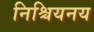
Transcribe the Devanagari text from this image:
निश्चियनय